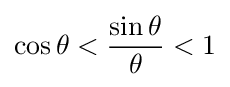
\cos \theta <{\frac {\sin \theta }{\theta }}<1